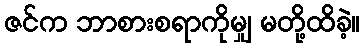
ဇင်က ဘာစားစရာကိုမျှ မတို့ထိခဲ့။